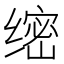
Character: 𱺫